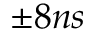
\pm 8 n s